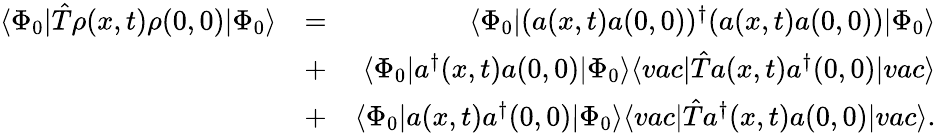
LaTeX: \begin{array}{rlr}{\langle\Phi_{0}\vert\hat{T}\rho(x,t)\rho(0,0)\vert\Phi_{0}\rangle}&{=}&{\langle\Phi_{0}\vert(a(x,t)a(0,0))^{\dagger}(a(x,t)a(0,0))\vert\Phi_{0}\rangle}\\ &{+}&{\langle\Phi_{0}\vert a^{\dagger}(x,t)a(0,0)\vert\Phi_{0}\rangle\langle vac\vert\hat{T}a(x,t)a^{\dagger}(0,0)\vert vac\rangle}\\ &{+}&{\langle\Phi_{0}\vert a(x,t)a^{\dagger}(0,0)\vert\Phi_{0}\rangle\langle vac\vert\hat{T}a^{\dagger}(x,t)a(0,0)\vert vac\rangle.}\end{array}